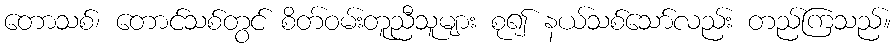
တောသစ်၊ တောင်သစ်တွင် စိတ်ဝမ်းတူညီသူများ စု၍ နယ်သစ်သော်လည်း တည်ကြသည်။